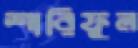
শারিফুল